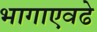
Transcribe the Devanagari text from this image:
भागाएवढे